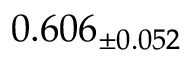
0 . 6 0 6 _ { \pm 0 . 0 5 2 }